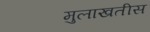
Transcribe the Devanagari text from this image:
मुलाखतीस